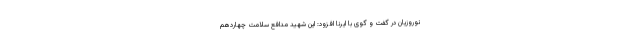
نوروزیان در گفت و گوی با ایرنا افزود: این شهید مدافع سلامت چهاردهم